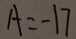
A = - 1 7